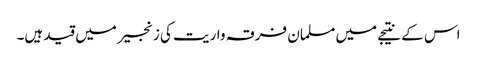
اس کے نتیجے میں مسلمان فرقہ واریت کی زنجیر میں قید ہیں۔